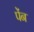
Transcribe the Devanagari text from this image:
पेंन